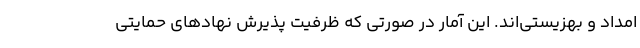
امداد و بهزیستی‌اند. این آمار در صورتی که ظرفیت پذیرش نهادهای حمایتی